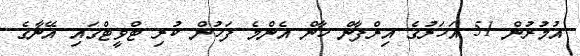
އުމުރުން 51 އަހަރުގެ އިރްފާން ޚާން އެންމެ ފަހުން ކުރި ޓްވީޓްގައި އޭނާގެ